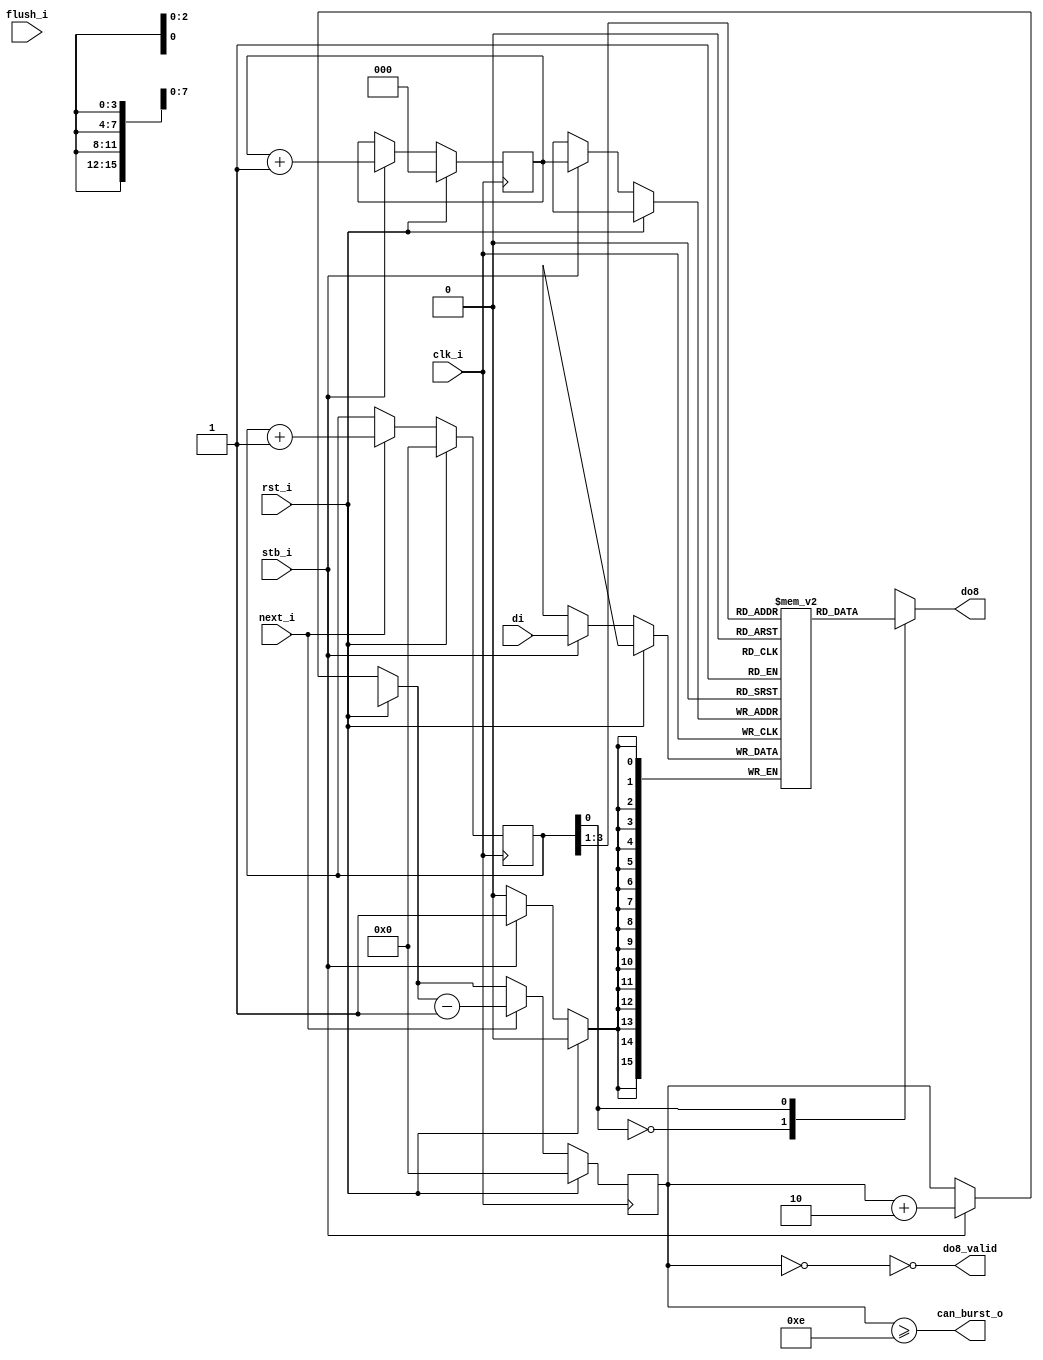
module zet_front_fifo16to8(
	input clk_i,
	input rst_i,
	input flush_i,
	
	input stb_i,
	input [15:0] di,
	
	output can_burst_o,
	output do8_valid,
	output reg [7:0] do8,
	input next_i /* should only be asserted when do8_valid = 1 */
);

/*
 * FIFO can hold 8 16-bit words
 * that is 16 8-bit bytes.
 */

reg [15:0] storage[0:7];
reg [2:0] produce; /* in 16-bit words */
reg [3:0] consume; /* in 8-bit bytes */
/*
 * 8-bit bytes stored in the FIFO, 0-15 (16 possible values)
 */

reg [3:0] level;

wire [15:0] do16;
assign do16 = storage[consume[3:1]];

always @(*) begin
  case(consume[0])
    1'd0: do8 <= do16[15:8];
    1'd1: do8 <= do16[7:0];
  endcase
end

always @(posedge clk_i) begin
  if(rst_i) begin
    produce = 3'd0;
    consume = 4'd0;
    level = 4'd0;
  end else begin
    if(stb_i) begin
      storage[produce] = di;
      produce = produce + 3'd1;
      level = level + 4'd2;
    end
    if(next_i) begin /* next should only be asserted when do8_valid = 1 */
      consume = consume + 4'd1;
      level = level - 4'd1;
    end
  end
end

assign do8_valid = ~(level == 4'd0);
assign can_burst_o = level >= 4'd14;

endmodule